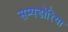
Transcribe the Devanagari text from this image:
सम्पडोरिया